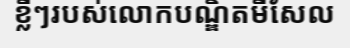
ខ្លីៗរបស់លោកបណ្ឌិតមីសែល